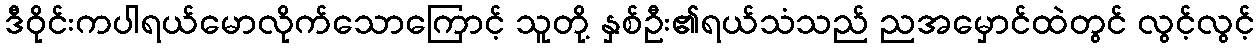
ဒီဝိုင်းကပါရယ်မောလိုက်သောကြောင့် သူတို့ နှစ်ဦး၏ရယ်သံသည် ညအမှောင်ထဲတွင် လွင့်လွင့်